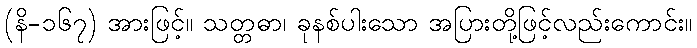
(နိ-၁၆၇) အားဖြင့်။ သတ္တဓာ၊ ခုနစ်ပါးသော အပြားတို့ဖြင့်လည်းကောင်း။